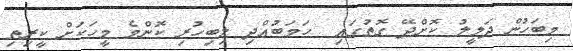
މިބަހުން ދަލީލު ކޮށްދޭ ގޮތުގައި  ހަމަބުއްދި ލިބިހުރި ކޮންމެ މީހަކަށް ކީރިތި